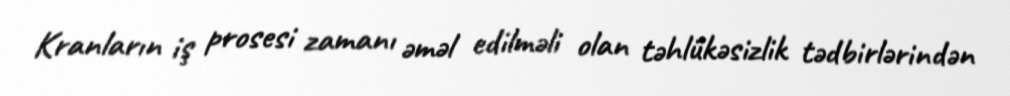
Kranların iş prosesi zamanı əməl edilməli olan təhlükəsizlik tədbirlərindən